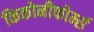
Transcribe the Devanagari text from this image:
किकोनीफोर्म्स